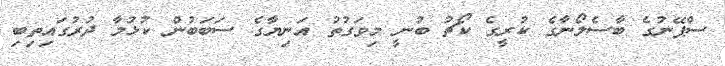
ސްޕޭނުގެ ބާސެލޯނާގެ ކުރީގެ ކޯޗު ބުނީ މިވަގުތު އަނިޔާގެ ސަބަބުން ކުޅުމާ ދުރުގައިތިބި